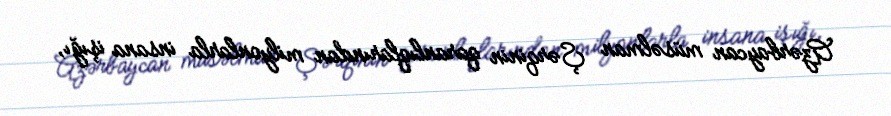
Azərbaycan müsəlman Şərqinin qaranlıqlarından milyonlarla insana işığı,